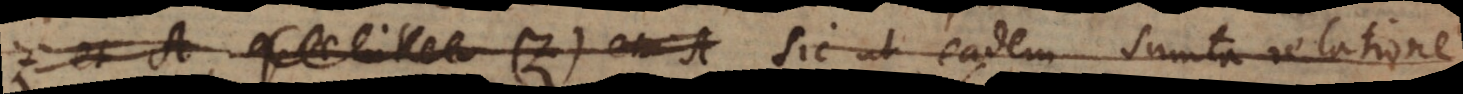
z et A, quae inter (z) et A sic ut eadem sumta relatione